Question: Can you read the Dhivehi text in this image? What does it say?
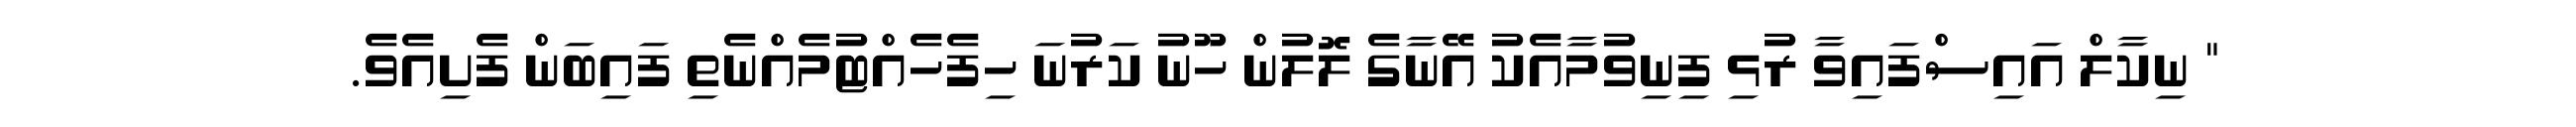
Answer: " ނިކާލް އައިސްފައިވާ ރުޅި ފިނިވުމާއެކު އޭނާގެ ލޮލުން ހޫނު ކަރުނަ ހިފެހެއްޓުމެއްނެތި ފައިބަން ފެށިއެވެ.